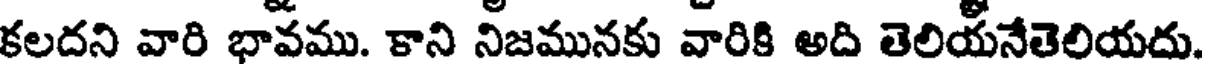
కలదని వారి భావము. కాని నిజమునకు వారికి అది తెలియనేతెలియదు.